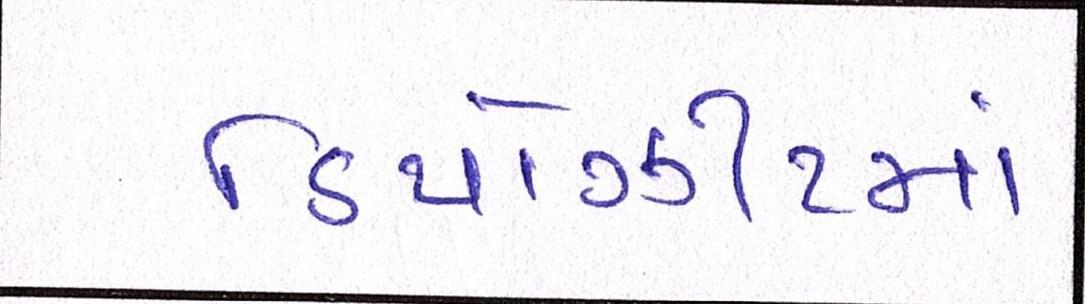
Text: ડિપોઝીટમાં